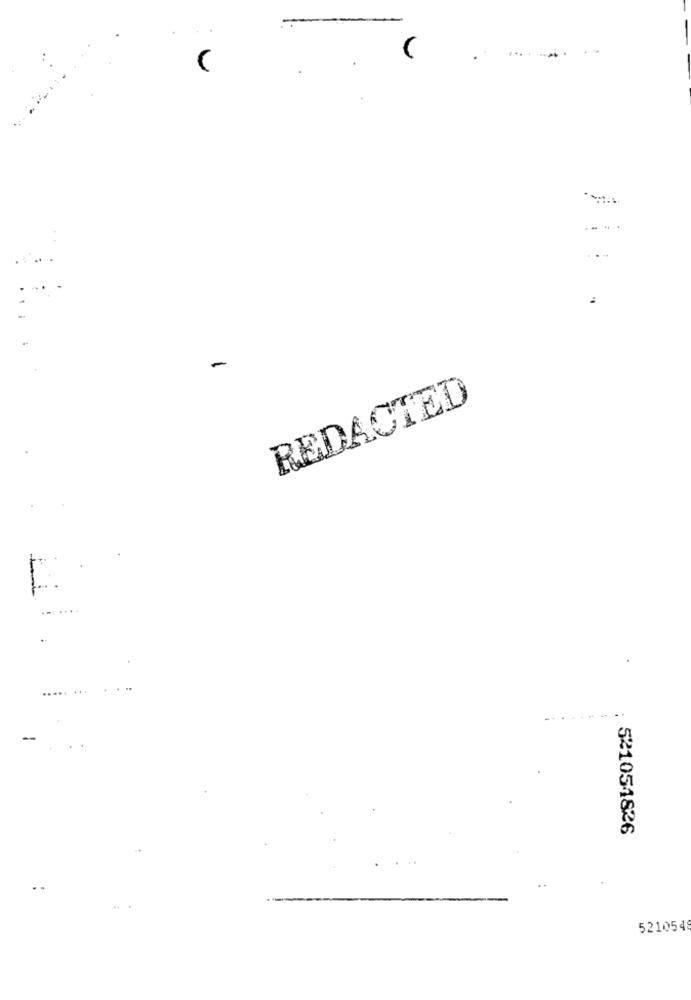
...
REDACTED
......
-
521054826
521054